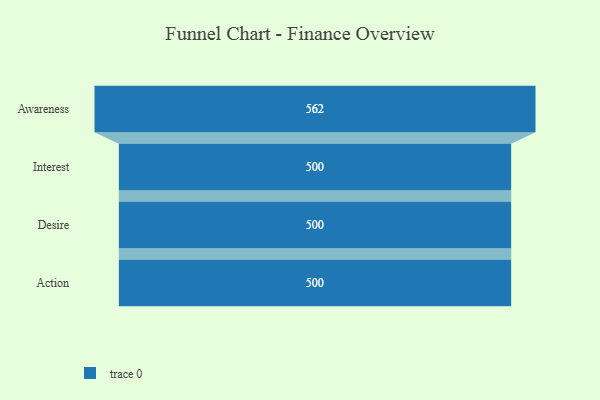
{"axis": {"x": "Stage", "y": "Value"}, "legend": [""], "data": [{"x": "Awareness", "y": 562.0, "type": ""}, {"x": "Interest", "y": 500, "type": ""}, {"x": "Desire", "y": 500, "type": ""}, {"x": "Action", "y": 500, "type": ""}]}